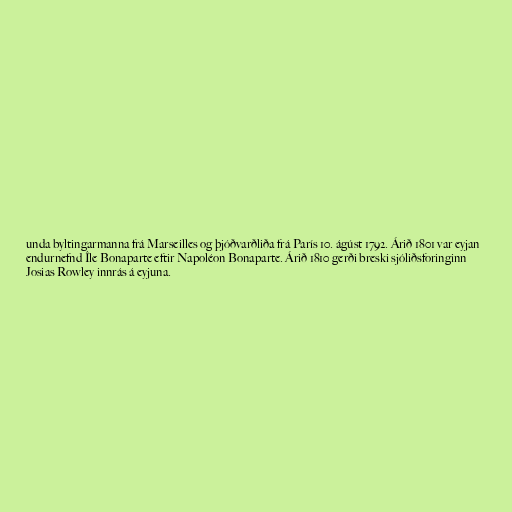
unda byltingarmanna frá Marseilles og þjóðvarðliða frá París 10. ágúst 1792. Árið 1801 var eyjan
endurnefnd Île Bonaparte eftir Napoléon Bonaparte. Árið 1810 gerði breski sjóliðsforinginn
Josias Rowley innrás á eyjuna.